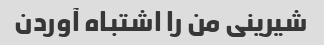
شیرینی من را اشتباه آوردن